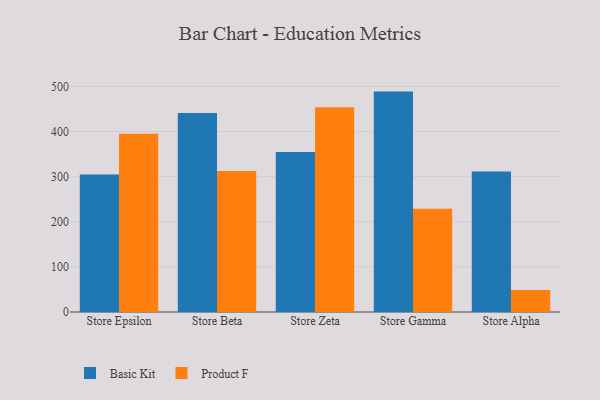
{"axis": {"x": "Store", "y": "Conversion Rate (%)"}, "legend": ["Basic Kit", "Product F"], "data": [{"x": "Store Epsilon", "y": 304.9, "type": "Basic Kit"}, {"x": "Store Epsilon", "y": 395.0, "type": "Product F"}, {"x": "Store Beta", "y": 440.8, "type": "Basic Kit"}, {"x": "Store Beta", "y": 312.3, "type": "Product F"}, {"x": "Store Zeta", "y": 354.5, "type": "Basic Kit"}, {"x": "Store Zeta", "y": 453.5, "type": "Product F"}, {"x": "Store Gamma", "y": 488.4, "type": "Basic Kit"}, {"x": "Store Gamma", "y": 228.6, "type": "Product F"}, {"x": "Store Alpha", "y": 311.2, "type": "Basic Kit"}, {"x": "Store Alpha", "y": 48.5, "type": "Product F"}]}